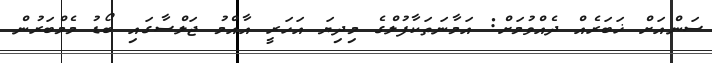
ސަންއަށް ޚަބަރެއް ދެއްވުމަށް: އަމާނަތަކާފުލްގެ މިދިޔަ އަހަރީ އާއްމު ޖަލްސާގައި ބޯޑު މެމްބަރުން